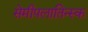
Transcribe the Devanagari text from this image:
सेमीपलातिन्स्क